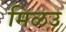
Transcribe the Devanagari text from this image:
मिळउ